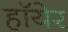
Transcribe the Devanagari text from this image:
हॉयेर